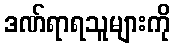
ဒဏ်ရာရသူများကို